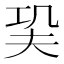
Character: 巬